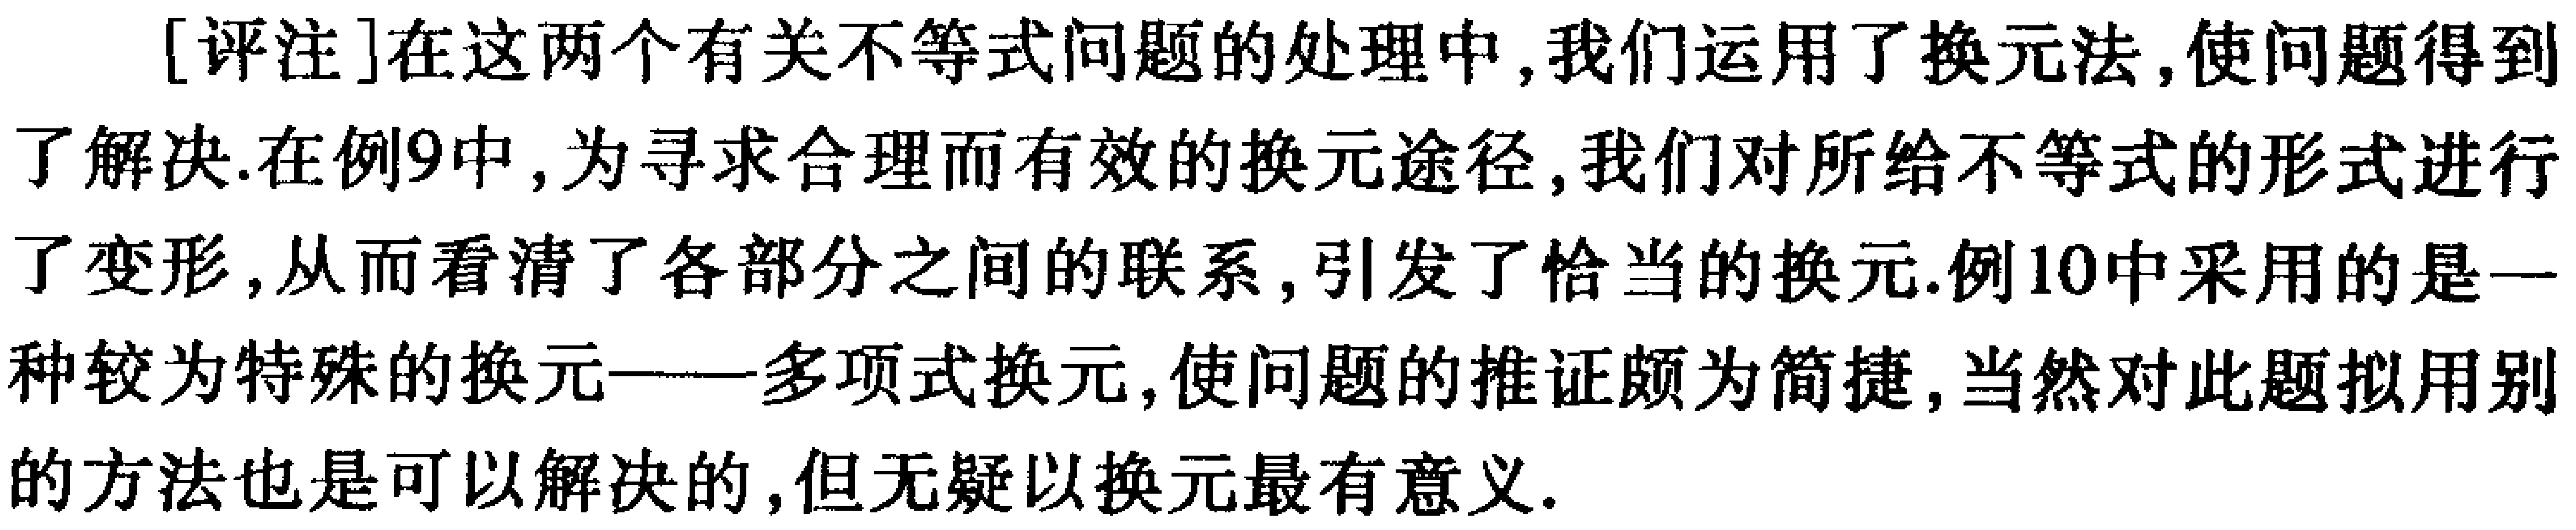
[评注]在这两个有关不等式问题的处理中,我们运用了换元法,使问题得到了解决.在例9中,为寻求合理而有效的换元途径,我们对所给不等式的形式进行了变形,从而看清了各部分之间的联系,引发了恰当的换元.例10中采用的是一种较为特殊的换元——多项式换元,使问题的推证颇为简捷,当然对此题拟用别的方法也是可以解决的,但无疑以换元最有意义.